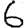
Digit: 6